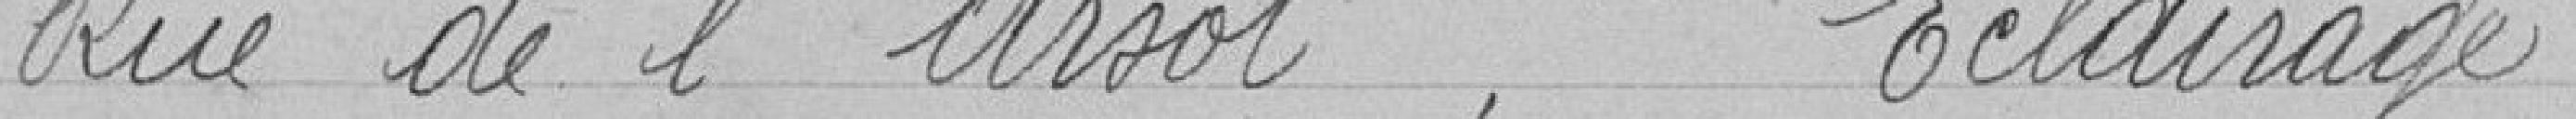
Rue de l'Arsot. Eclairage.